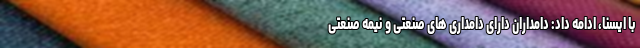
با ایسنا، ادامه داد: دامداران دارای دامداری های صنعتی و نیمه صنعتی